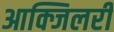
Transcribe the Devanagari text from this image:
आक्जिलरी